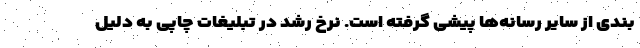
بندی از سایر رسانه‌ها پیشی گرفته است. نرخ رشد در تبلیغات چاپی به دلیل